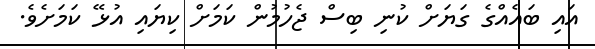
އައި ބައެއްގެ ގަޔަށް ކުނި ބިސް ޖެހުމުން ކަމަށް ކިޔައި އުޅޭ ކަމަށެވެ.